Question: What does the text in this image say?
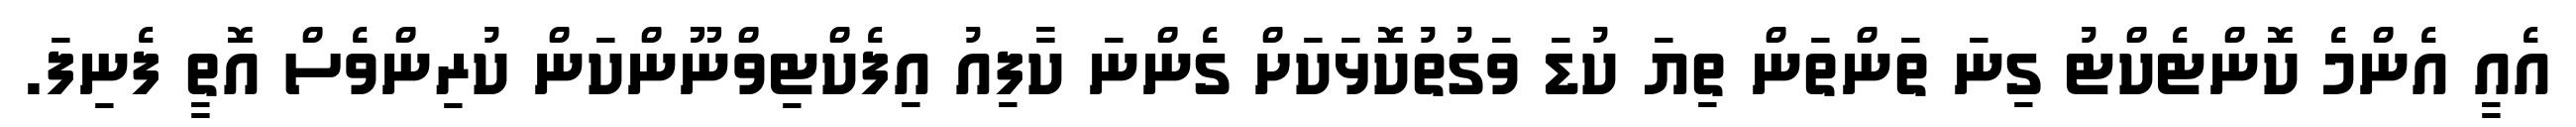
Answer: އެއީ އެންމެ ކޮންޓެކްޓު ގިނަ ތަންތަން ތިޔަ ކުޑަ ވަގުތުކޮޅަކަށް ގެންނަ ކާފިއު އިފެކްޓިވްނޫންކަން ކުރިންވެސް އޮތީ ފެނިފަ.